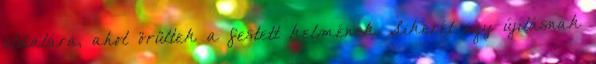
oldalára, ahol örültek a festett kelmének. Sikerét egy újításnak